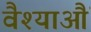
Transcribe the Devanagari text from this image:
वैश्याऔं